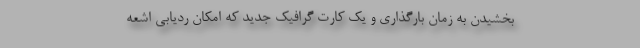
بخشیدن به زمان بارگذاری و یک کارت گرافیک جدید که امکان ردیابی اشعه